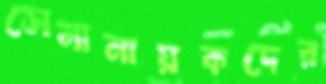
সেনানায়কদের